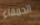
الحمقاء